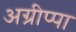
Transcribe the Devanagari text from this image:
अग्रीप्पा